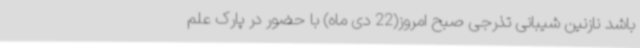
باشد نازنین شیبانی تذرجی صبح امروز(22 دی ماه) با حضور در پارک علم